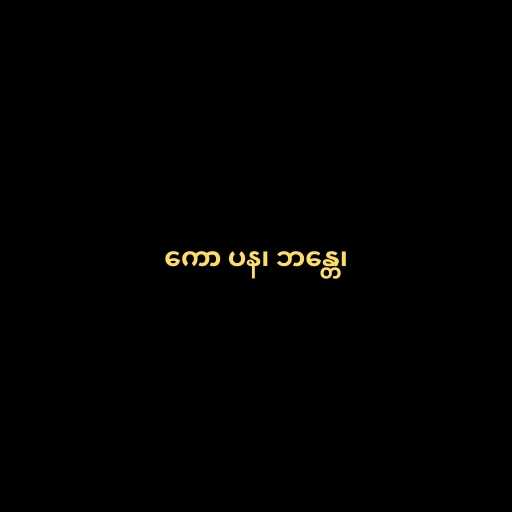
ကော ပန၊ ဘန္တေ၊